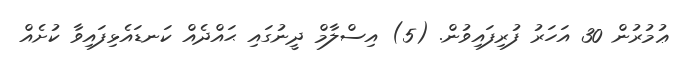
ޢުމުރުން 30 އަހަރު ފުރިފައިވުން. (5) އިސްލާމް ދީނުގައި ޙައްދެއް ކަނޑައެޅިފައިވާ ކުށެއް